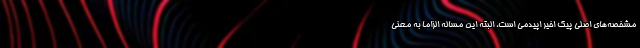
مشخصه‌های اصلی پیک اخیر اپیدمی است، البته این مساله الزاما به معنی